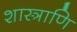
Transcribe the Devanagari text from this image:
शास्त्राणि